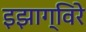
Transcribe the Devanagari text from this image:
इझाग्विरे